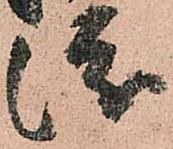
渡